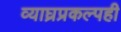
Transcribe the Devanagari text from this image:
व्याघ्रप्रकल्पही